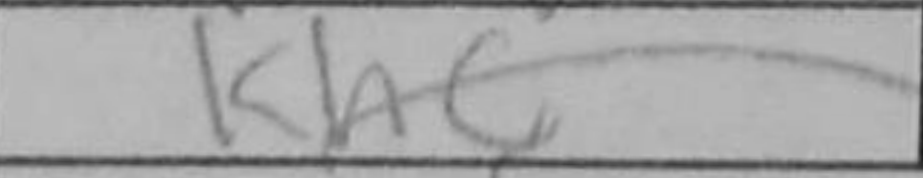
Transcription: Kh6